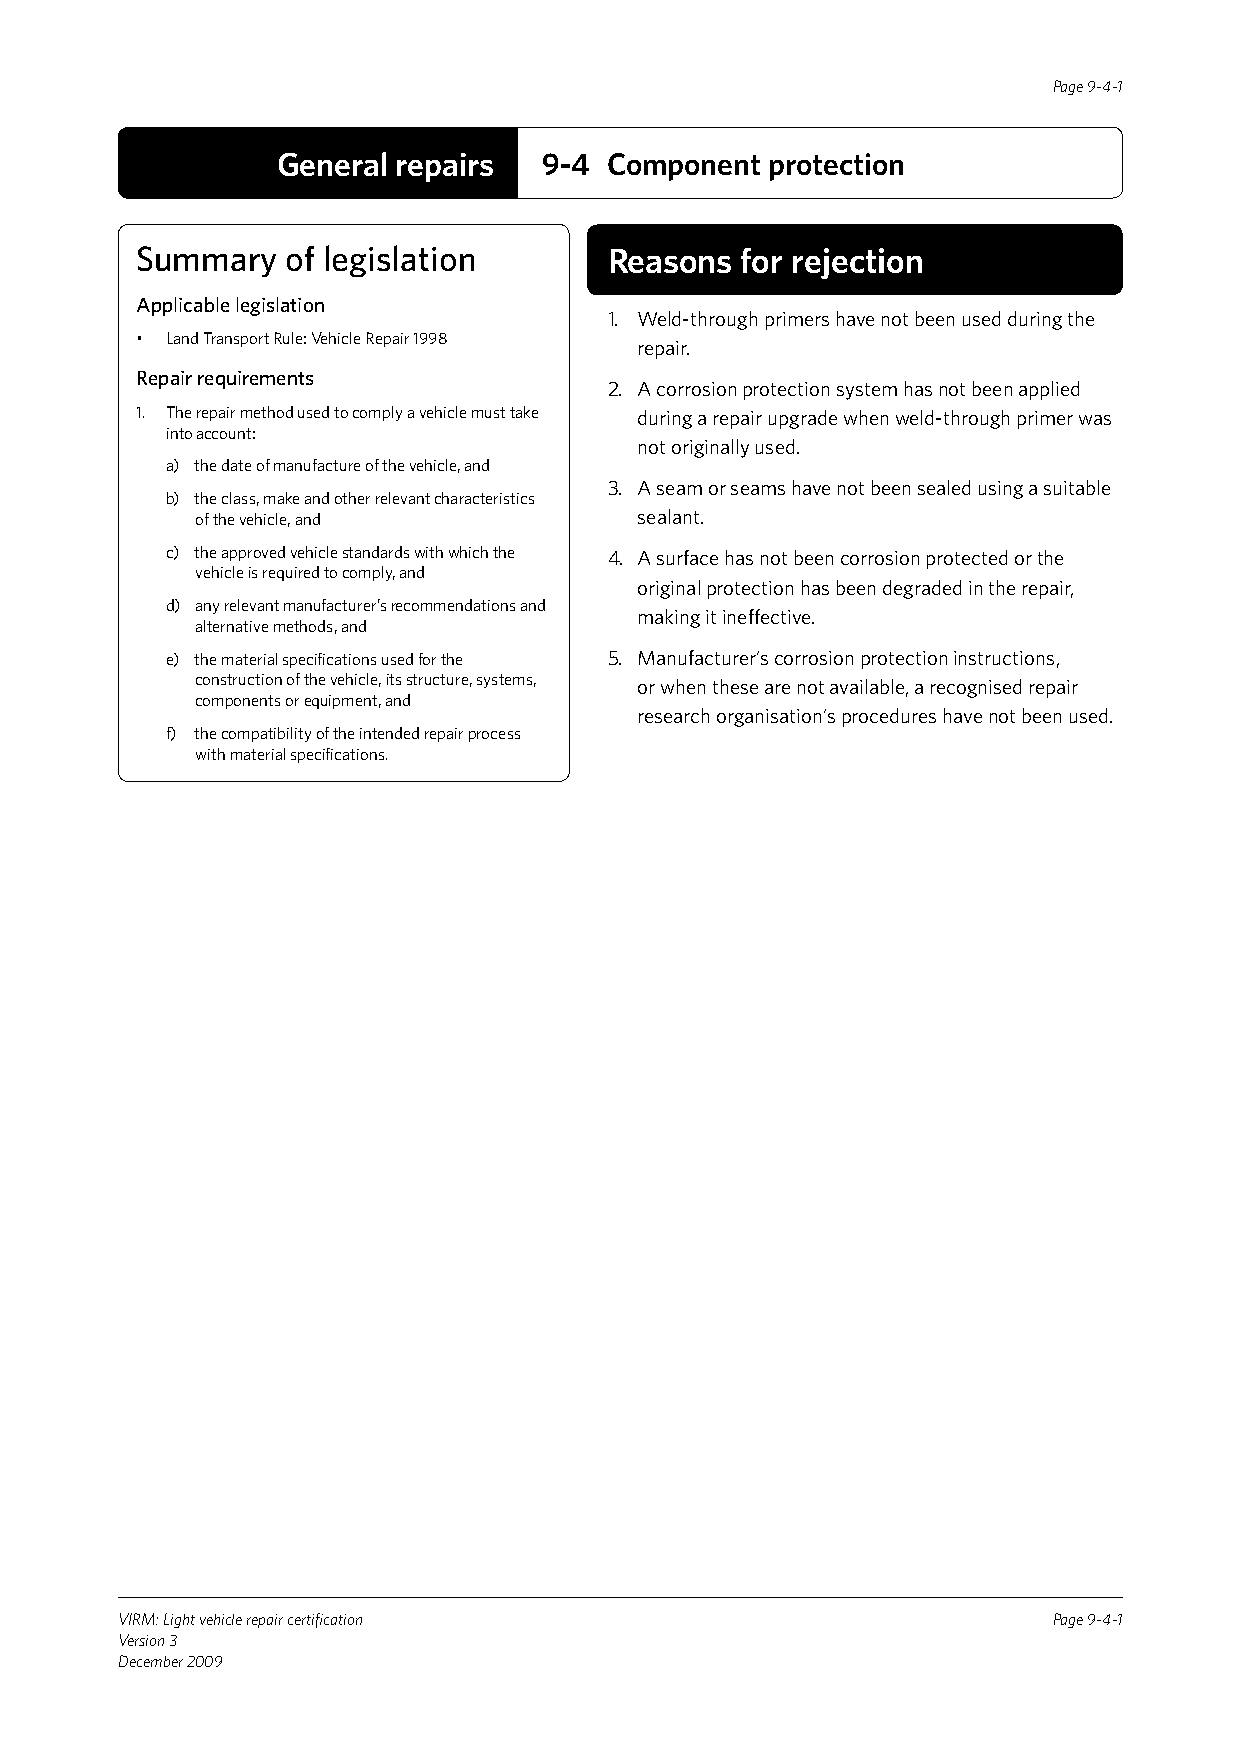
Page 9-4-1
 General repairs   9-4 Component  protection
 Summary   of legislation       Reasons  for rejection
 Applicable legislation
 1. Weld-through primers have not been used during the
 • Land Transport Rule: Vehicle Repair 1998
 repair.
 Repair requirements
 2. A corrosion protection system has not been applied
 1. The repair method used to comply a vehicle must take during a repair upgrade when weld-through primer was
 into account:
 not originally used.
 a) the date of manufacture of the vehicle, and
 3. A seam or seams have not been sealed using a suitable
 b) the class, make and other relevant characteristics
 of the vehicle, and          sealant.
 c) the approved vehicle standards with which the 4. A surface has not been corrosion protected or the
 vehicle is required to comply, and
 original protection has been degraded in the repair,
 d) any relevant manufacturer’s recommendations and
 making it ineffective.
 alternative methods, and
 e) the material specifications used for the 5. Manufacturer’s corrosion protection instructions,
 construction of the vehicle, its structure, systems, or when these are not available, a recognised repair
 components or equipment, and
 research organisation’s procedures have not been used.
 f) the compatibility of the intended repair process
 with material specifications.
 VIRM: Light vehicle repair certification                      Page 9-4-1
 Version 3
 December 2009